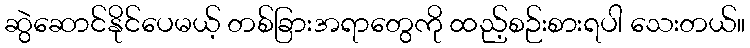
ဆွဲဆောင်နိုင်ပေမယ့် တစ်ခြားအရာတွေကို ထည့်စဉ်းစားရပါ သေးတယ်။